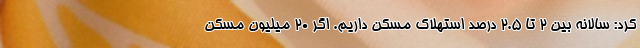
کرد: سالانه بین ۲ تا ۲.۵ درصد استهلاک مسکن داریم. اگر ۲۰ میلیون مسکن